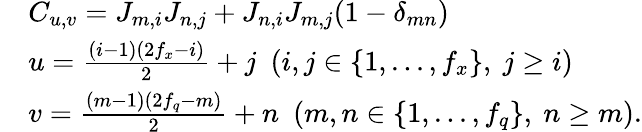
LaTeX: \begin{array}{rl}&{C_{u,v}=J_{m,i}J_{n,j}+J_{n,i}J_{m,j}(1-\delta_{mn})}\\ &{u=\frac{(i-1)(2f_{x}-i)}{2}+j~~(i,j\in\{ 1,...,f_{x}\} ,~j\ge i)}\\ &{v=\frac{(m-1)(2f_{q}-m)}{2}+n~~(m,n\in\{ 1,...,f_{q}\} ,~n\ge m).}\end{array}